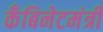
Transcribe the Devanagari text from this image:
कँबिनेटमंत्री